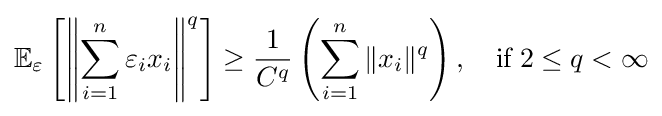
\mathbb {E} _{\varepsilon }\left[\left\|\sum \limits _{i=1}^{n}\varepsilon _{i}x_{i}\right\|^{q}\right]\geq {\frac {1}{C^{q}}}\left(\sum \limits _{i=1}^{n}\|x_{i}\|^{q}\right),\quad {\text{if}}\;2\leq q<\infty